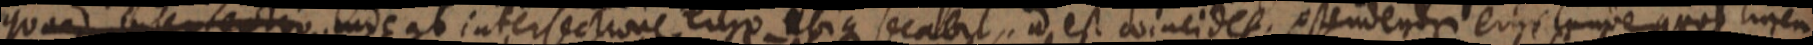
quod intersectio. inde ab intersectione ergo ubique secabit, ad est coincidet, ostendentur erit _ quod linen